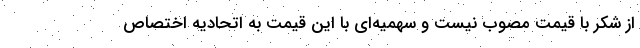
از شکر با قیمت مصوب نیست و سهمیه‌ای با این قیمت به اتحادیه اختصاص